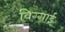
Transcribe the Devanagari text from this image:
विग्गाई